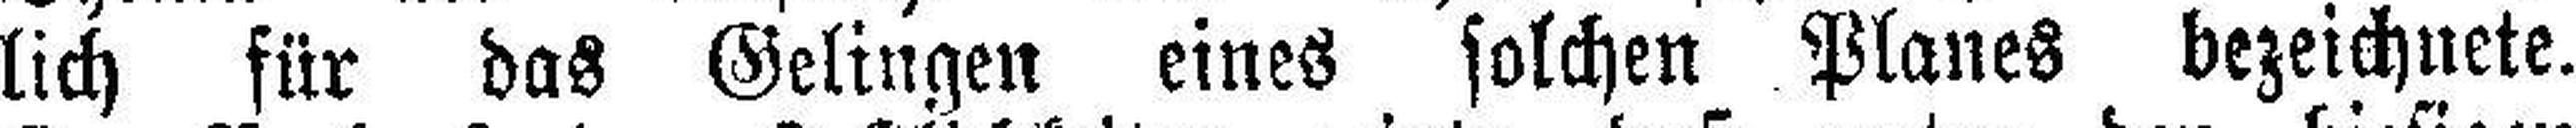
lich für das Gelingen eines solchen Planes bezeichnete.